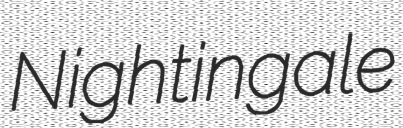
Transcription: Nightingale